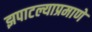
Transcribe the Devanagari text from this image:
झपाटल्याप्रमाणे